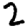
Digit: 2